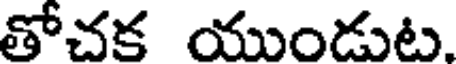
తోచక యుండుట.